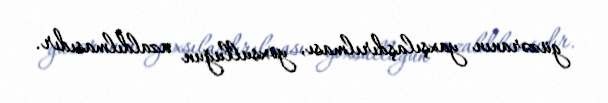
güzəranın yaxşılaşdırılması, yoxsulluğun azaldılmasıdır.